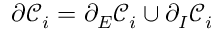
\partial \mathcal { C } _ { i } = \partial _ { E } \mathcal { C } _ { i } \cup \partial _ { I } \mathcal { C } _ { i }